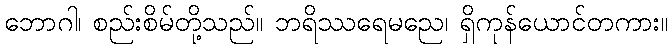
ဘောဂါ၊ စည်းစိမ်တို့သည်။ ဘရိဿရေမညေ၊ ရှိကုန်ယောင်တကား။